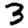
Digit: 3